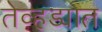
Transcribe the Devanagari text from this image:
तेव्हड्यात